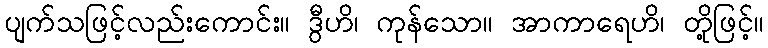
ပျက်သဖြင့်လည်းကောင်း။ ဒွီဟိ၊ ကုန်သော။ အာကာရေဟိ၊ တို့ဖြင့်။